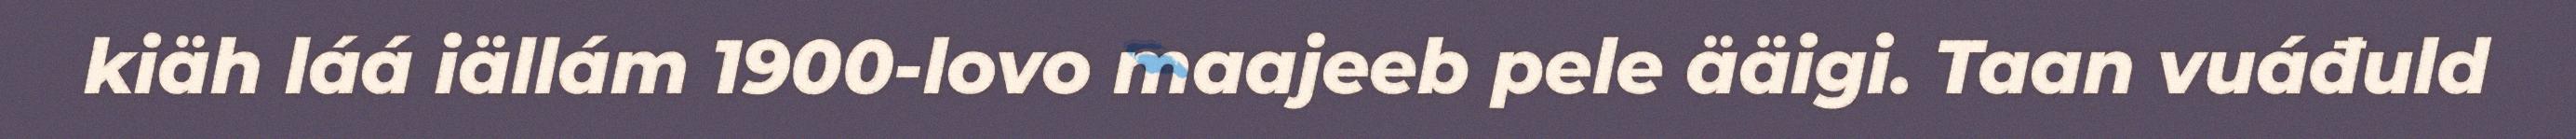
kiäh láá iällám 1900-lovo maajeeb pele ääigi. Taan vuáđuld